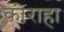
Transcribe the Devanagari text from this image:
कोराहा